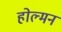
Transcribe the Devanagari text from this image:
होल्मन